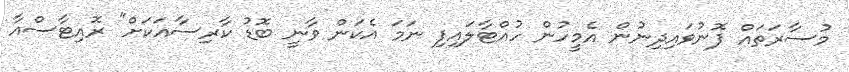
މުސާރަތައް ފޮނުވައިދިނުން އެމީހުން ހުއްޓާލައިފި ނަަމަ އެކަން ވާނީ ބޮޑު ކާރިސާއަކަށް" ރޮއިޓާސްއާ